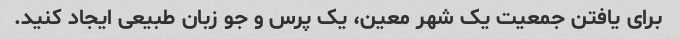
برای یافتن جمعیت یک شهر معین، یک پرس و جو زبان طبیعی ایجاد کنید.